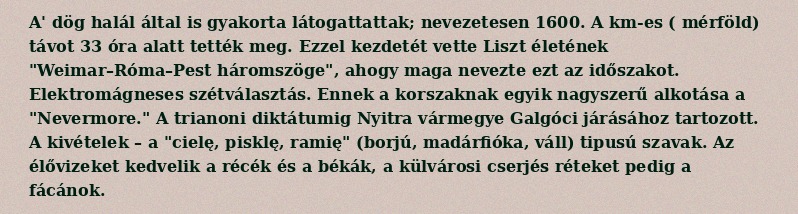
A' dög halál által is gyakorta látogattattak; nevezetesen 1600. A  km-es ( mérföld) távot 33 óra alatt tették meg. Ezzel kezdetét vette Liszt életének "Weimar–Róma–Pest háromszöge", ahogy maga nevezte ezt az időszakot. Elektromágneses szétválasztás. Ennek a korszaknak egyik nagyszerű alkotása a "Nevermore." A trianoni diktátumig Nyitra vármegye Galgóci járásához tartozott. A kivételek – a "cielę, pisklę, ramię" (borjú, madárfióka, váll) tipusú szavak. Az élővizeket kedvelik a récék és a békák, a külvárosi cserjés réteket pedig a fácánok.